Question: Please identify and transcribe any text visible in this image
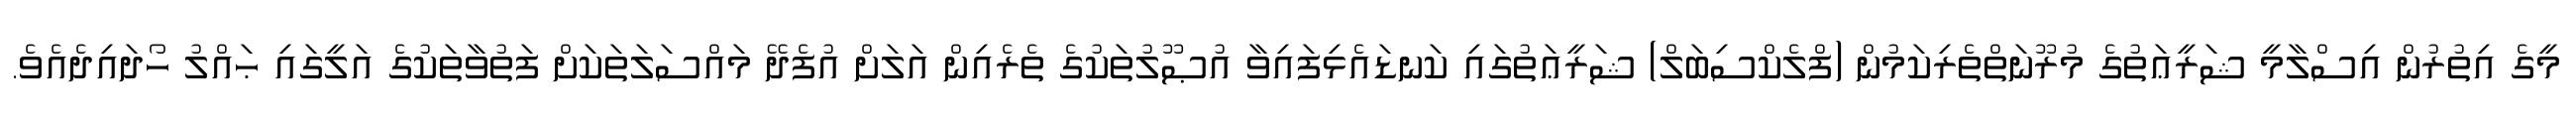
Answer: މީގެ އިތުރުން އިސްލާމީ ޝަރީޢަތުގެ މުރޫނަތްތެރިކަމުން (ފްލެކްސިބަލް) ޝަރީޢަތުގައި ކަނޑައެޅިފައިވާ އުޞޫލުތަކުގެ ތެރެއިން އަލަށް އުފެދޭ މައްސަލަތަކަށް ފަތުވާތަކުގެ އަލީގައި ޙައްލު ހޯދައިދެއެވެ.